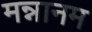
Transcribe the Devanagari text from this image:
मन्नानम